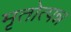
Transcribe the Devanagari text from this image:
मृतोत्पन्न